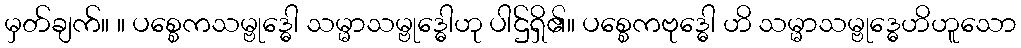
မှတ်ချက်။ ။ ပစ္စေကသမ္ဗုဒ္ဓေါ သမ္မာသမ္ဗုဒ္ဓေါဟု ပါဌ်ရှိ၏။ ပစ္စေကဗုဒ္ဓေါ ဟိ သမ္မာသမ္ဗုဒ္ဓေဟိဟူသော